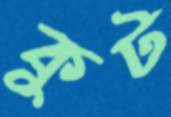
কুট